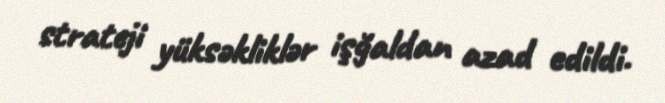
strateji yüksəkliklər işğaldan azad edildi.